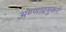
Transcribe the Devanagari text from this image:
अण्णाद्रमुकने